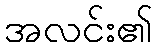
အလင်း၏